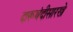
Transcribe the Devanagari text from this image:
दारूबंदीसारखे